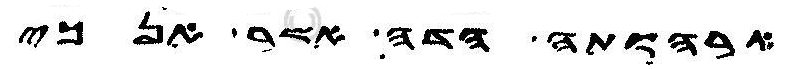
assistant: ארהותה הדה אמר אנכי